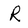
Character: R